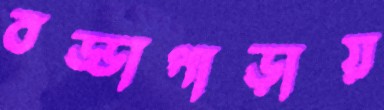
বড্ডাপাড়ায়